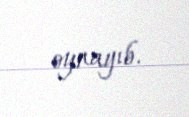
oynayıb.